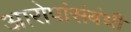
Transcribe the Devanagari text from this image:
आरोपांसंबंधी